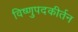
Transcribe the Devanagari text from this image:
विष्णुपदकीर्तन